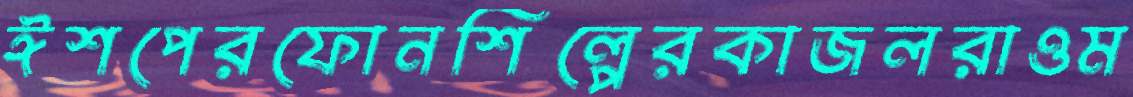
ঈশপেরফোনশিল্পেরকাজলরাওম